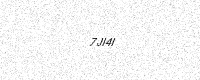
Text: 7JI4I